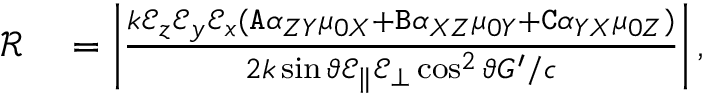
\begin{array} { r l } { \mathcal { R } } & { { } = \left| \frac { k \mathcal { E } _ { z } \mathcal { E } _ { y } \mathcal { E } _ { x } ( \mathtt { A } \alpha _ { Z Y } \mu _ { 0 X } + \mathtt { B } \alpha _ { X Z } \mu _ { 0 Y } + \mathtt { C } \alpha _ { Y X } \mu _ { 0 Z } ) } { 2 k \sin \vartheta \mathcal { E } _ { \| } \mathcal { E } _ { \bot } \cos ^ { 2 } \vartheta G ^ { \prime } / c } \right| , } \end{array}